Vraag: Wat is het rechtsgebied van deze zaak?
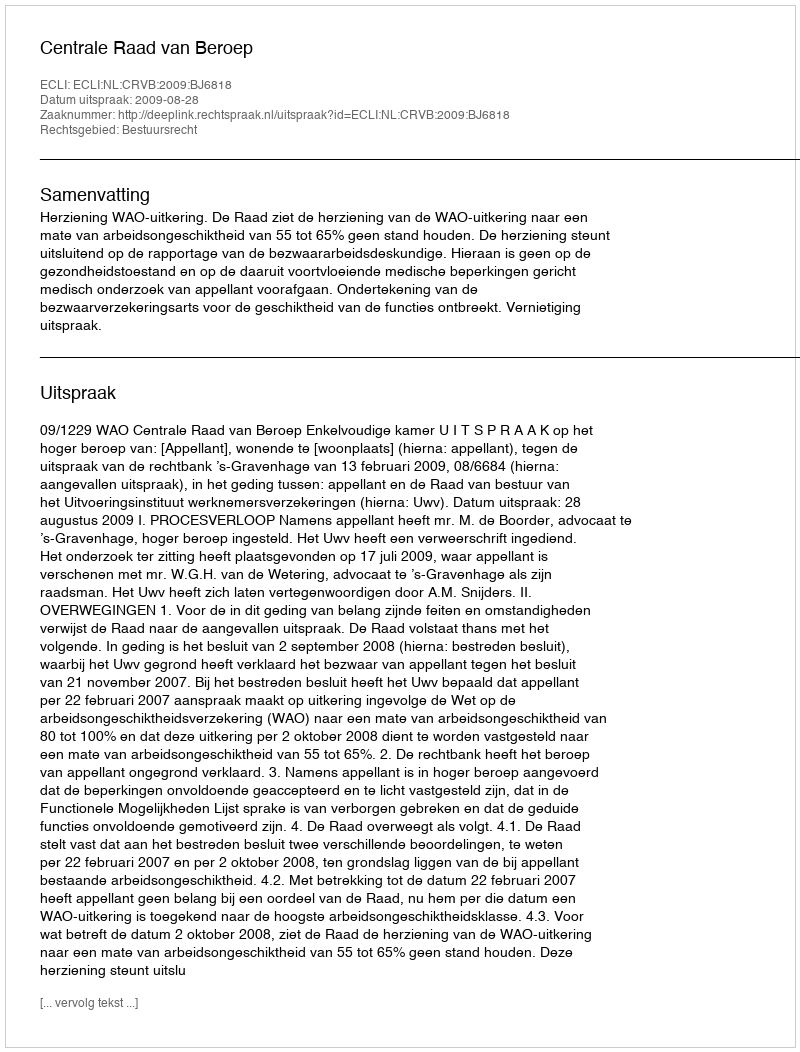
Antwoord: Bestuursrecht